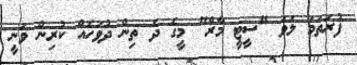
ފުރަތަމަ ލަވަ "ސީޓީ މާރް" މީގެ ދެ ތިން ދުވަހެއް ކުރިން ވަނީ